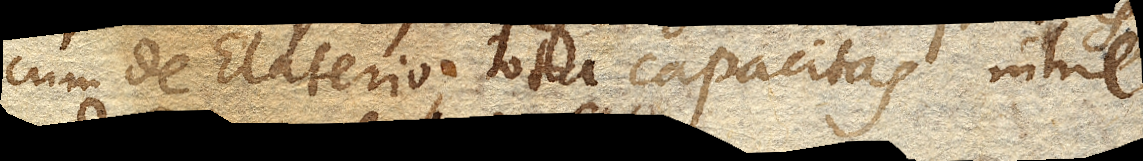
cum de Elaterio tota capacitas nihil